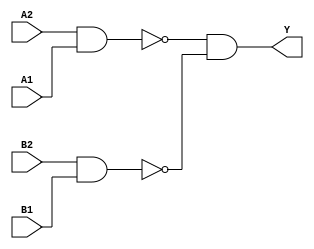
module sky130_fd_sc_hdll__a22oi (
    Y ,
    A1,
    A2,
    B1,
    B2
);

    // Module ports
    output Y ;
    input  A1;
    input  A2;
    input  B1;
    input  B2;

    // Module supplies
    supply1 VPWR;
    supply0 VGND;
    supply1 VPB ;
    supply0 VNB ;

    // Local signals
    wire nand0_out ;
    wire nand1_out ;
    wire and0_out_Y;

    //   Name   Output      Other arguments
    nand nand0 (nand0_out , A2, A1              );
    nand nand1 (nand1_out , B2, B1              );
    and  and0  (and0_out_Y, nand0_out, nand1_out);
    buf  buf0  (Y         , and0_out_Y          );

endmodule